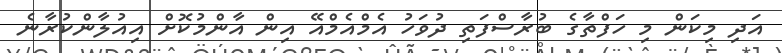
އަދި މިކަން މި ހަފްތާގެ ބުރާސްފަތި ދުވަހު އެމްއެމްއޭ އިން އާންމުކޮށް އިއުލާންކުރާނެ